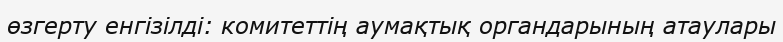
өзгерту енгізілді: комитеттің аумақтық органдарының атаулары